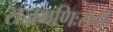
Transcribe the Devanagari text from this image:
राजमणिःसदा